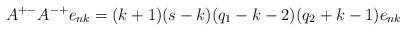
LaTeX: \begin{align*}A^{+-}A^{-+}e_{nk}=(k+1)(s-k)(q_1-k-2)(q_2+k-1)e_{nk}\end{align*}